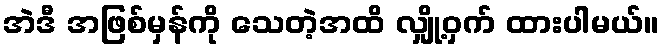
အဲဒီ အဖြစ်မှန်ကို သေတဲ့အထိ လျှို့ဝှက် ထားပါမယ်။